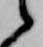
候